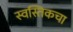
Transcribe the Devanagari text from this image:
स्वस्तिकचा